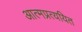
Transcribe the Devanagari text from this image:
आत्मप्रत्ययित